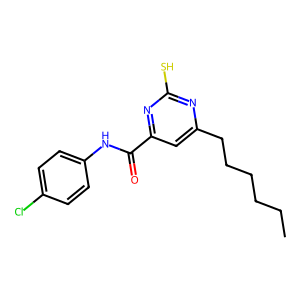
SMILES: CCCCCCc1cc(C(=O)Nc2ccc(Cl)cc2)nc(S)n1
Inhibits HIV replication: No